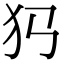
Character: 𤜛